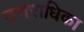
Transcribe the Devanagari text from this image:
उत्तराधिका